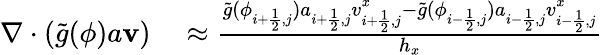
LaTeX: \begin{array}{rl}{\nabla\cdot(\tilde{g}(\phi)a\mathbf{v})}&{{}\approx\frac{\tilde{g}(\phi_{i+\frac{1}{2},j})a_{i+\frac{1}{2},j}v_{i+\frac{1}{2},j}^{x}-\tilde{g}(\phi_{i-\frac{1}{2},j})a_{i-\frac{1}{2},j}v_{i-\frac{1}{2},j}^{x}}{h_{x}}}\end{array}